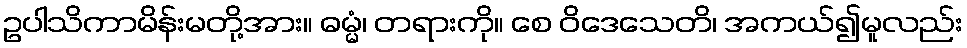
ဥပါသိကာမိန်းမတို့အား။ ဓမ္မံ၊ တရားကို။ စေ ဝိဒေသေတိ၊ အကယ်၍မူလည်း